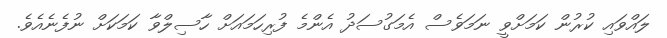
ލައްވައި ކުރުން ކަމަށްވީ ނަމަވެސް އެމަގުސަދު އެންމެ ފުރިހަމައަށް ހާސިލްވާ ކަމަކަށް ނުފެނެއެވެ.